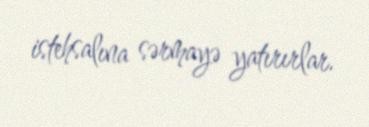
istehsalına sərmayə yatırırlar.